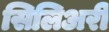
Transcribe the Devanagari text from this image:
सिलिअरी